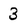
Character: 3